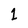
Character: 1